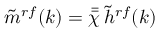
\tilde { m } ^ { r f } ( k ) = \bar { \bar { \chi } } \, \tilde { h } ^ { r f } ( k )